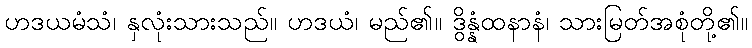
ဟဒယမံသံ၊ နှလုံးသားသည်။ ဟဒယံ၊ မည်၏။ ဒွိန္နံထနာနံ၊ သားမြတ်အစုံတို့၏။